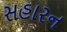
સહારન